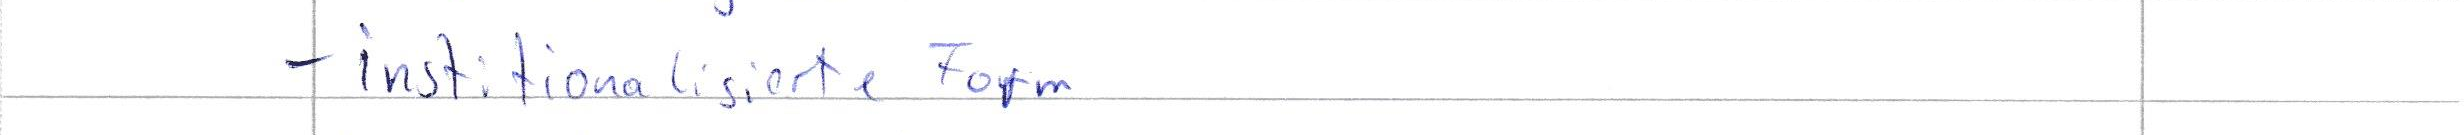
- institionalisierte Form